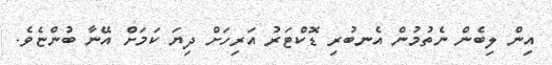
އިން ލިބެން ނެތުމުން އެނބުރި ޑޮކްޓަރު އަރިހަށް ދިޔަ ކަމަށް އޭނާ ބުންޏެވެ.